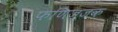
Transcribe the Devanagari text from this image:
फणिज्जक